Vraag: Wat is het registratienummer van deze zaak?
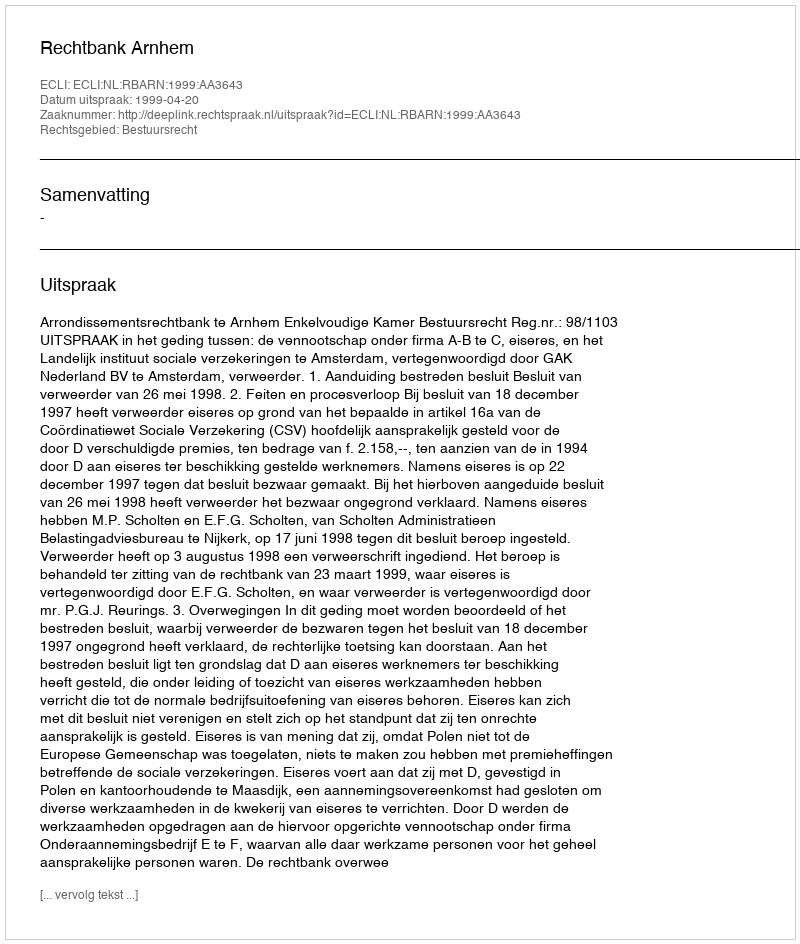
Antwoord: http://deeplink.rechtspraak.nl/uitspraak?id=ECLI:NL:RBARN:1999:AA3643